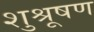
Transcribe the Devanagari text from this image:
शुश्रूषण